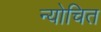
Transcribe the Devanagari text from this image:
न्योचित